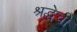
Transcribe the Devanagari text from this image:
श्रद्धेची